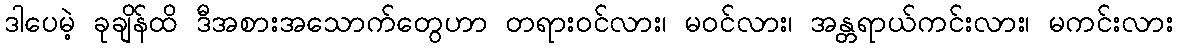
ဒါပေမဲ့ ခုချိန်ထိ ဒီအစားအသောက်တွေဟာ တရားဝင်လား၊ မဝင်လား၊ အန္တရာယ်ကင်းလား၊ မကင်းလား